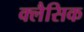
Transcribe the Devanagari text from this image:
क्लैसिक